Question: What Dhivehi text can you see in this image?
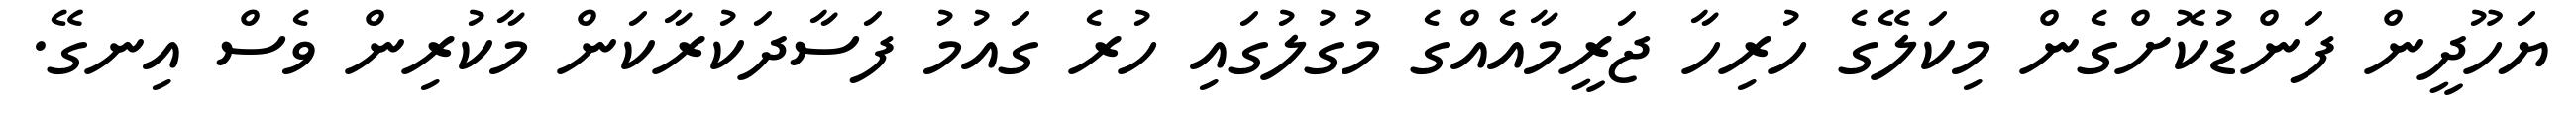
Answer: ޔަހޫދީން ފަންޑުކޮށްގެން މިކަލޭގެ ހުރިހާ ޖަރީމާއެއްގެ މުގުލުގައި ހުރެ ގައުމު ފަސާދަކުރާކަން މާކުރިން ވެސް އިނގޭ.